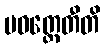
ပဝတ္တေတီတိ